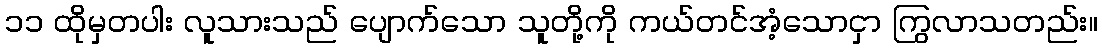
၁၁ ထိုမှတပါး လူသားသည် ပျောက်သော သူတို့ကို ကယ်တင်အံ့သောငှာ ကြွလာသတည်း။